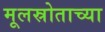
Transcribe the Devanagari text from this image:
मूलस्रोताच्या